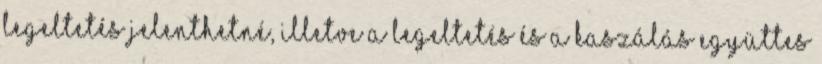
legeltetés jelenthetné, illetve a legeltetés és a kaszálás együttes